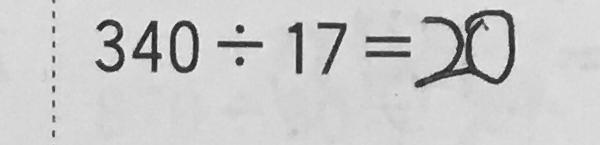
3 4 0 \div 1 7 = 2 0